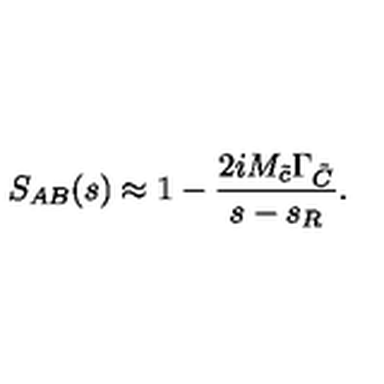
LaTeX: S _ { A B } ( s ) \approx 1 - \frac { 2 i M _ { \tilde { c } } \Gamma _ { \tilde { C } } } { s - s _ { R } } .